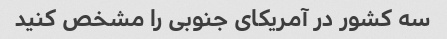
سه کشور در آمریکای جنوبی را مشخص کنید